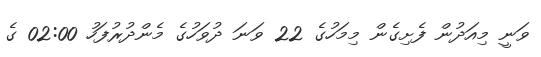
ވަނީ މިއަދުން ފެށިގެން މިމަހުގެ 22 ވަނަ ދުވަހުގެ މެންދުރުފަހު 02:00 ގެ